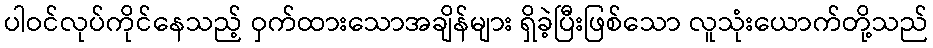
ပါဝင်လုပ်ကိုင်နေသည့် ဝှက်ထားသောအချိန်များ ရှိခဲ့ပြီးဖြစ်သော လူသုံးယောက်တို့သည်